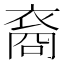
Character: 裔